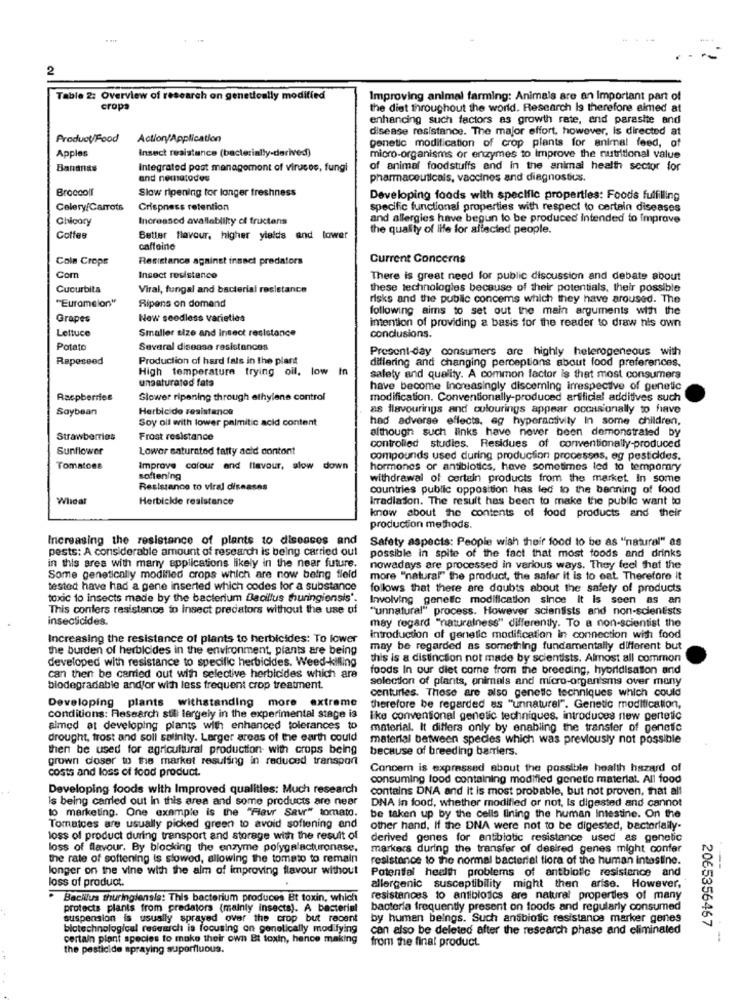
2
Table 2: Overview of research on genetically modified
Improving animal farming: Animals are an important part of
cropa
the diet throughout the world. Research Is therefore aimed at
enhancing such factors as growth rate, and parasite and
disease resistance. The major effort, however, Is directed at
Product/Food
Action/Application
genetic modification of crop plants for animal feed, of
Apples
Insect resistance (bacterially-derived)
micro-organisms or enzymes to Improve the nutritional value
Bananas
Integrated post management of viruses, fungi
of animal foodstuffs and in the animal health sector for
and nematodes
pharmaceuticals, vaccines and diagnostics.
Broccoll
Slow ripening tor longer freshness
Developing foods with specific properties: Foods fulfilling
Celery/Carrots
Crispness retention
specific functional properties with respect to certain diseases
Chicory
Increased avallebliky di fructens
and allergies have begun to be produced Intended to Improve
the quality of life for affected people.
Coffee
Better flavour, higher yields and lower
caffeine
Coln Crops
Resistance against insset predators
Current Concerns
Com
Insect resistance
There is great need for public discussion and debate about
Cucurbita
Viral, fungal and bacterial resistance
these technologies because of their potentials, their possible
"Euramsion"
risks and the public concerns which they have aroused. The
Ripens on domend
following aims to set out the main arguments with the
Grapes
Now seedless varieties
intention of providing a basis for the reader to draw his own
Lettuce
Smaller size and insect resistance
conclusions.
Potato
Several disease resistances
Present-day, consumers are highly heterogeneous with
Rapeseed
Production of hard fats in the plant
differing and changing perceptions about food preferences.
High temperature trying oil. low In
unsaturated fata
safety and quality. A common factor is that most consumers
have become Increasingly discerning irrespective of genetic
Raspberries
Slower ripening through ethylene control
modification. Conventionally-produced artificiel additives such
Soybean
Herbicide resistance
as flavourings and colourings appear occasionally to have
Soy oil with lower palmitic acid content
had adverse effects. eg hyperactivity In some children,
although such links have never been demonstrated by
Strawberries
Frost resistance
Sunflower
Lower saturated fatty acid contont
controlled studies. Residues of conventionally-produced
compounds used during production processes, eg pestodes.
Tomatoes
Improve colour and flavour, slow down
hormones or antibiotics, have sometimes led to temporary
softening
withdrawal of certain products from the market In some
Resistance to viral diseases
countries public opposition has led to the banning of food
Whidal
Herbicide resistance
kradlason. The result has been to make the public want to
know about the contents of food products and their
production methods.
Increasing the resistance of plants to diseases and
Safety aspects: People wish their food to be as "natural" as
pests: A considerable amount of research is being carried out
possible in spite of the fact that most foods and drinks
in this area with many applications likely in the near future.
nowadays are processed in various ways, They feel that the
Some genetically modified crops which are now being field
more "natural" the product, the safer it is to eat. Therefore it
tested have had a gene inserted which codes for a substance
follows that there are doubts about the safety of products
toxic to insects made by the bacterium Bacillus thuringiensis'.
Involving genetic modification since it is seen as an
This confers resistance to insect predators without the use of
"unnatural" process. However scientists and non-scientists
insecticides.
may regard "naturalness" differently. To a non-scientist the
Increasing the resistance of plants to herbicides: To lower
introduction of genetic modification in connection with food
the burden of herbicides in the environment, plants are being
may be regarded as something fundamentally different but
developed with resistance to specific herbicides. Weed-killing
this is a distinction not made by scientists. Almost all common
foods In our diet come from the breeding, hybridisation and
can then be carried out with selective herbicides which are
selection of plants, animals and micro-organisms over many
blodegradable andfor with less frequent crop treatment.
centuries. These are also genetic techniques which could
Developing plants withstanding more extreme
therefore be regarded as "unnaturel". Genetic modification,
conditions: Research still largely in the experimental stage is
like conventional genetic techniques, introduces new pertetic
almed at developing plants with enhanced tolerances to
material. It differa only by enabling the transfer of genetic
drought, trost and soll salinity. Larger areas of the earth could
material between species which was previously not possible
then be used for agricultural production with crops being
because of breeding barriers.
grown closer to the market resuling in reduced transport
costs and loss of food product.
Concern is expressed about the possible health hazard of
consuming lood containing modified genetic material. All food
Developing foods with Improved qualities: Much research
contains DNA and it is most probable, but not proven, that all
Is being carried out in this area and some products are near
DNA in food, whether modified or not, Is digested and cannot
to marketing. One example is the "Fleur Savr" tomato.
be taken up by the cells lining the human Intestine. On the
Tomatces are usually picked green to avoid softening and
other hand, If the DNA were not to be digested, bacterially-
loss of product during transport and storage with the result of
derived genes for antibiotic resistance used as genetic
loss of flavour. By blocking the enzyme polygalacturonase.
markers during the transfer of desired genes might confer
the rate of softening is slowed, allowing the tomato to remain
resistance to the normal bacterial fiora of the human intestine.
longer on the vine with the aim of improving flavour without
Potential health problems of antbiotic resistance and
loss of product.
allergenic susceptibility might then arise. However,
Bacillus thuringiensis: This bacterium produces Bt toxin, which
resistances to antibiotics are natural properties of many
protects plants from predators (mainly insects). A bacterial
bacteria frequently present on foods and regularly consumed
suspension is usually sprayed over the crop but recent
by human beings. Such antibiotic resistance marker genes
biotechnological research is focusing on genelically modifying
can also be deleted after the research phase and eliminated
2065356467
certain plant species to make their own Et toxin, hence making
the pesticide spraying superfluous.
from the final product.